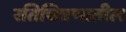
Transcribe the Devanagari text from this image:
रतिचित्रणातील